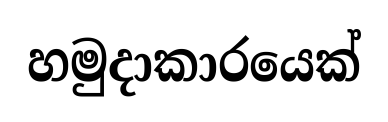
හමුදාකාරයෙක්